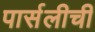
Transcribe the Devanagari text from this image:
पार्सलीची